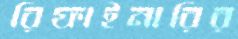
রিফাইনারির